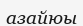
азайюы